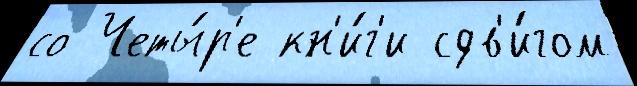
со Четы́р'е кн'и́г'и сдв'и́гом